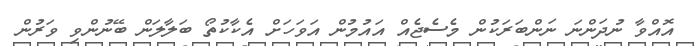
އޮއްވާ ނުދަންނަ ނަންބަރަކުން މެސެޖެއް އައުމުން އަވަހަށް އެކާކުތޯ ބަލާލަން ބޭނުންވި ވަރުން